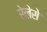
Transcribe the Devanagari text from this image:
रेलेसे